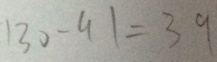
1 3 0 - 9 1 = 3 9